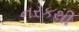
નરકથી